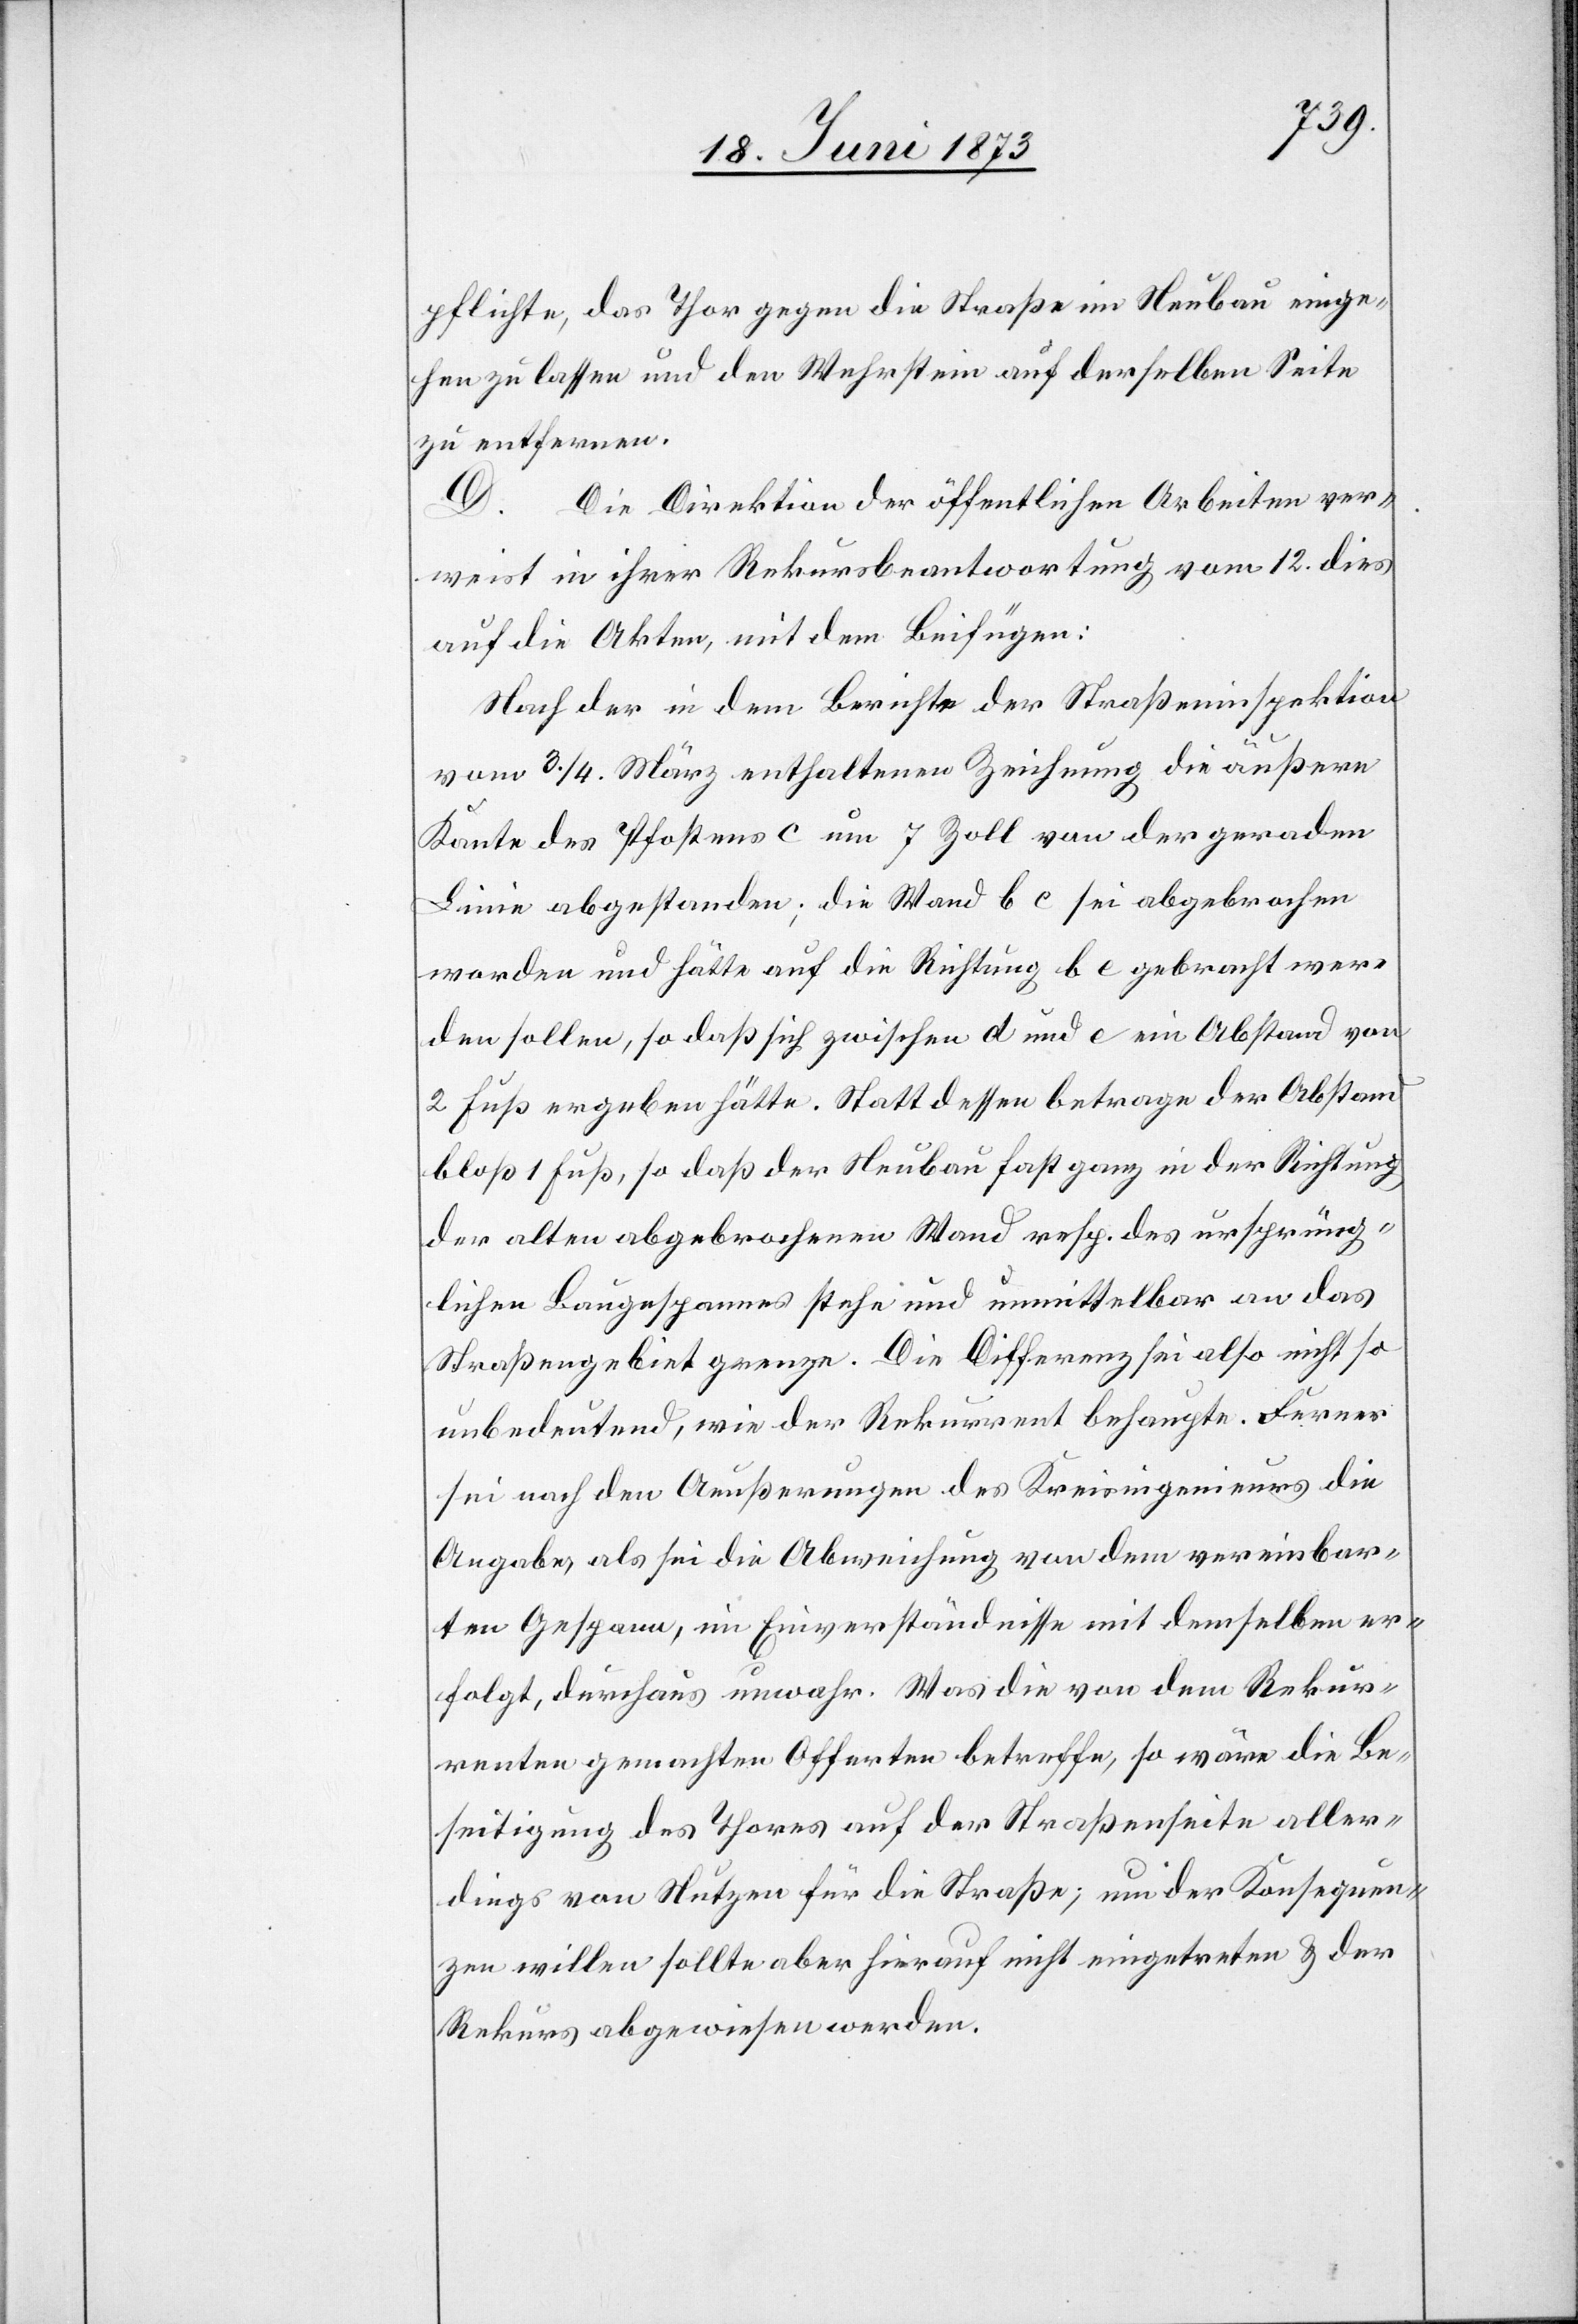
pflichte, das Thor gegen die Straße im Neubau einge¬
hen zu lassen und den Wehrstein auf derselben Seite
zu entfernen.
D. Die Direktion der öffentlichen Arbeiten ver¬
weist in ihrer Rekursbeantwortung vom 12. dies
auf die Akten, mit dem Beifügen:
Nach der in dem Berichte der Straßeninspektion
vom 3./4. März enthaltenen Zeichnung die äußere
Kante des Pfostens c um 7 Zoll von der geraden
Linie abgestanden; die Wand b c sei abgebrochen
worden und hätte auf die Richtung b e gebracht wer¬
den sollen, so daß sich zwischen d und c ein Abstand von
2 Fuß ergeben hätte. Stattdessen betrage der Abstand
bloß 1 Fuß, so daß der Neubau fast ganz in der Richtung
der alten abgebrochenen Wand resp. des ursprüng¬
lichen Baugespannes stehe und unmittelbar an das
Straßengebiet grenze. Die Differenz sei also nicht so
unbedeutend, wie der Rekurrent behaupte. Ferner
sei nach den Aeußerungen des Kreisingenieurs die
Angabe, als sei die Abweichung von dem vereinbar¬
ten Gespann, im Einverständnisse mit demselben er¬
folgt, durchaus unwahr. Was die von dem Rekur¬
renten gemachten Offerten betreffe, so wäre die Be¬
seitigung des Thores auf der Straßenseite aller¬
dings von Nutzen für die Straße; um der Konsequen¬
zen willen sollte aber hierauf nicht eingetreten & der
Rekurs abgewiesen werden.